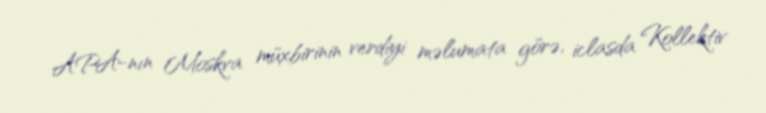
APA-nın Moskva müxbirinin verdiyi məlumata görə, iclasda Kollektiv